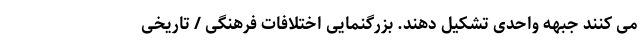
می کنند جبهه واحدی تشکیل دهند. بزرگنمایی اختلافات فرهنگی / تاریخی